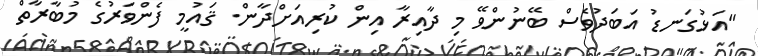
"އަޅުގަނޑު އަބަދުވެސް ބޭނުންވޭ މި ދާއިރާ އިން ކުރިއަށްދާން. ޤައުމީ ފެންވަރުގެ މުބާރާތް